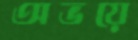
অভয়ে